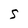
Character: S